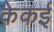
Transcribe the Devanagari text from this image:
केकई